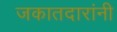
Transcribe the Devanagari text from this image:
जकातदारांनी